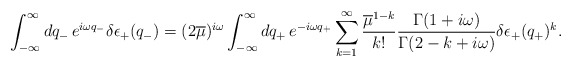
\begin{align*}\int_{-\infty}^\infty dq_-\, e^{i \omega q_-}\delta\epsilon_{+}(q_-)= (2\overline\mu)^{i \omega} \int_{-\infty}^\infty dq_+\, e^{-i\omega q_+}\sum_{k=1}^\infty \frac{\overline\mu^{1-k}}{k!}\frac{\Gamma(1+i\omega)}{\Gamma(2 - k + i\omega)}\delta\epsilon_{+}(q_+)^k.\end{align*}